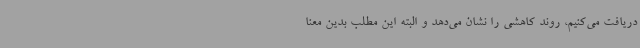
دریافت می‌کنیم، روند کاهشی را نشان می‌دهد و البته این مطلب بدین معنا